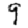
Digit: 9